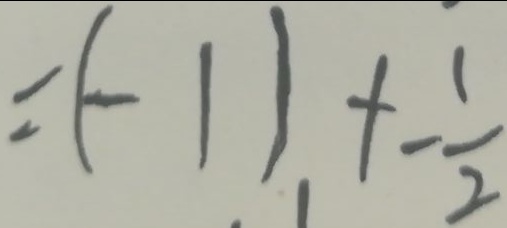
= ( - 1 ) + - \frac { 1 } { 2 }